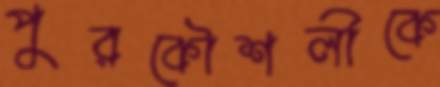
পুরকৌশলীকে